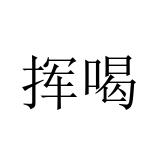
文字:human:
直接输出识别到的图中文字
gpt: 挥喝